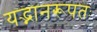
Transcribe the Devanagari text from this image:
यद्भानरूपतः